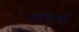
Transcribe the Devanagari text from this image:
संप्रदायें